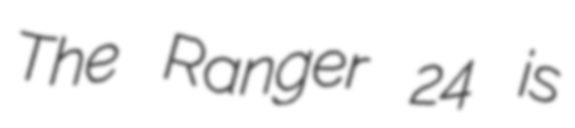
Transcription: The Ranger 24 is